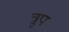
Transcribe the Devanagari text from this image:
त्रुप